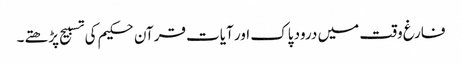
فارغ وقت میں درود پاک اور آیات قرآن حکیم کی تسبیح پڑھتے۔